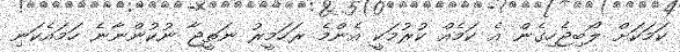
ކަމަކަށް ލޯބިޖެހިގެން އެ ކަމެއް ކުރުމަކީ އެންމެ ރަހަމީރު ނަތީޖާ ނުކުންނާނެ ހަމައެކަނި